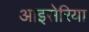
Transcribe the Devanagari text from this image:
आइसेरिया